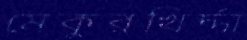
মেকুরখির্দ্দা